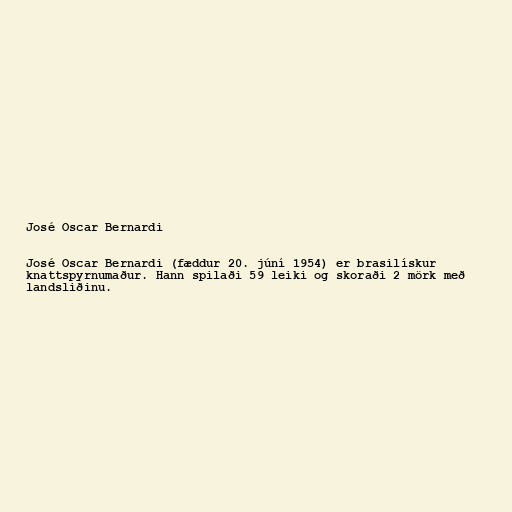
José Oscar Bernardi

José Oscar Bernardi (fæddur 20. júní 1954) er brasilískur
knattspyrnumaður. Hann spilaði 59 leiki og skoraði 2 mörk með
landsliðinu.